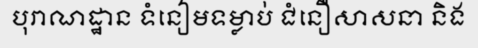
បុរាណដ្ឋាន ទំនៀមទម្លាប់ ជំនឿសាសនា និង